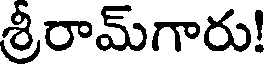
శ్రీరామ్గారు!